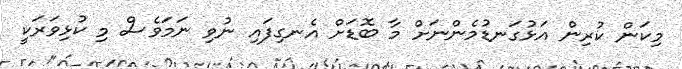
މިކަން ކުރިން އަޅުގަނޑުމެންނަށް މާ ބޮޑަށް އެނގިފައި ނުވި ނަމަވެސް މި ކުޅިވަރަކީ